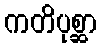
ကတိပုစ္ဆာ